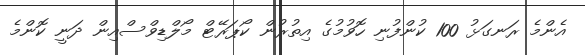
އެންމެ ރަނގަޅު 100 ކުންފުނި ހޮވުމުގެ އިތުރުން ކޯޕަރޭޓް މޯލްޑިވްސްއިން ދަނީ ކޮންމެ